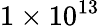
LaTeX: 1\times{10}^{13}